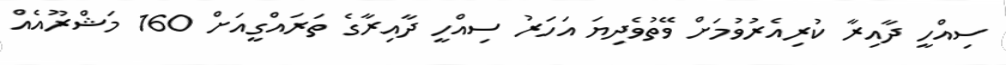
ސިއްހީ ދާއިރާ ކުރިއެރުވުމަށް ވޭތުވެދިޔަ އަހަރު ސިއްހީ ދާއިރާގެ ތަރައްގީއަށް 160 މަޝްރޫއެއް